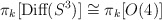
\begin{align*}\pi_{k}[\mbox{Diff}(S^{3})] \cong \pi_{k}[O(4)]\end{align*}